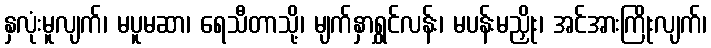
နှလုံးမူလျက်၊ မပူမဆာ၊ ရေသီတာသို့၊ မျက်နှာရွှင်လန်း၊ မပန်းမညှိုး၊ အင်အားကြိုးလျက်၊